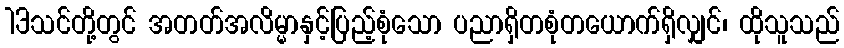
13သင်တို့တွင် အတတ်အလိမ္မာနှင့်ပြည့်စုံသော ပညာရှိတစုံတယောက်ရှိလျှင်၊ ထိုသူသည်